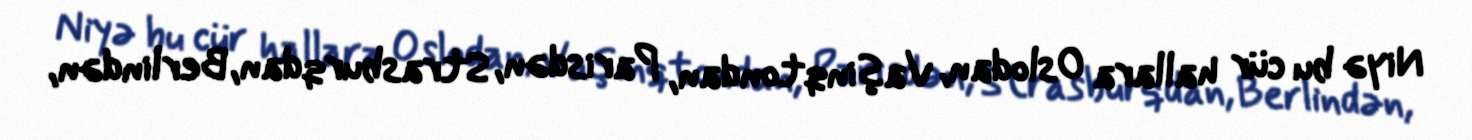
Niyə bu cür hallara Oslodan, Vaşinqtondan, Parisdən, Strasburqdan, Berlindən,